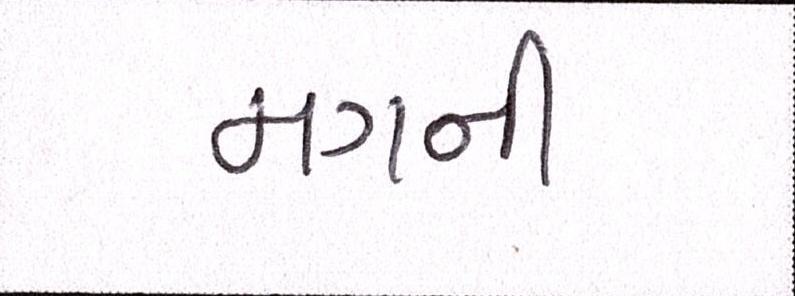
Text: મગની